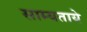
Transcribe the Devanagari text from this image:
साम्यताये